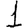
Digit: 1